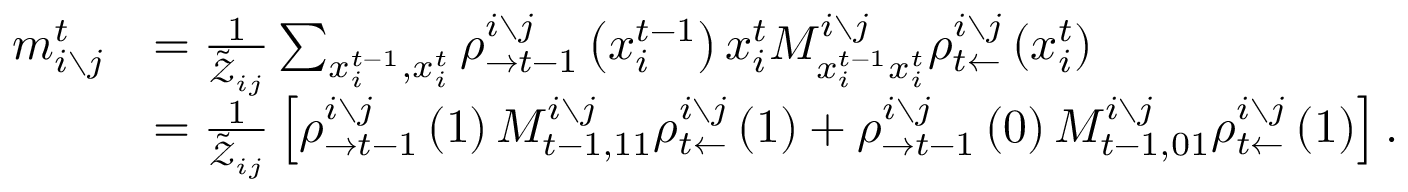
\begin{array} { r l } { m _ { i \setminus j } ^ { t } } & { = \frac { 1 } { \tilde { \mathcal { Z } } _ { i j } } \sum _ { x _ { i } ^ { t - 1 } , x _ { i } ^ { t } } \rho _ { \rightarrow t - 1 } ^ { i \setminus j } \left( x _ { i } ^ { t - 1 } \right) x _ { i } ^ { t } M _ { x _ { i } ^ { t - 1 } x _ { i } ^ { t } } ^ { i \setminus j } \rho _ { t \leftarrow } ^ { i \setminus j } \left( x _ { i } ^ { t } \right) } \\ & { = \frac { 1 } { \tilde { \mathcal { Z } } _ { i j } } \left[ \rho _ { \rightarrow t - 1 } ^ { i \setminus j } \left( 1 \right) M _ { t - 1 , 1 1 } ^ { i \setminus j } \rho _ { t \leftarrow } ^ { i \setminus j } \left( 1 \right) + \rho _ { \rightarrow t - 1 } ^ { i \setminus j } \left( 0 \right) M _ { t - 1 , 0 1 } ^ { i \setminus j } \rho _ { t \leftarrow } ^ { i \setminus j } \left( 1 \right) \right] . } \end{array}